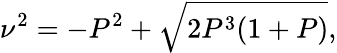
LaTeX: \nu^{2}=-P^{2}+\sqrt{2P^{3}(1+P)},